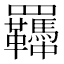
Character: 𦍈